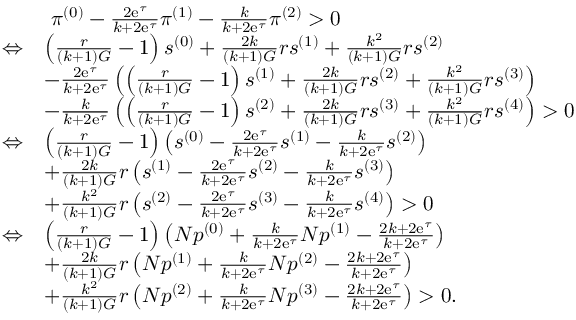
\begin{array} { r l } & { ~ \pi ^ { ( 0 ) } - \frac { 2 \mathrm { e } ^ { \tau } } { k + 2 \mathrm { e } ^ { \tau } } \pi ^ { ( 1 ) } - \frac { k } { k + 2 \mathrm { e } ^ { \tau } } \pi ^ { ( 2 ) } > 0 } \\ { \Leftrightarrow } & { \left( \frac { r } { ( k + 1 ) G } - 1 \right) s ^ { ( 0 ) } + \frac { 2 k } { ( k + 1 ) G } r s ^ { ( 1 ) } + \frac { k ^ { 2 } } { ( k + 1 ) G } r s ^ { ( 2 ) } } \\ & { - \frac { 2 \mathrm { e } ^ { \tau } } { k + 2 \mathrm { e } ^ { \tau } } \left( \left( \frac { r } { ( k + 1 ) G } - 1 \right) s ^ { ( 1 ) } + \frac { 2 k } { ( k + 1 ) G } r s ^ { ( 2 ) } + \frac { k ^ { 2 } } { ( k + 1 ) G } r s ^ { ( 3 ) } \right) } \\ & { - \frac { k } { k + 2 \mathrm { e } ^ { \tau } } \left( \left( \frac { r } { ( k + 1 ) G } - 1 \right) s ^ { ( 2 ) } + \frac { 2 k } { ( k + 1 ) G } r s ^ { ( 3 ) } + \frac { k ^ { 2 } } { ( k + 1 ) G } r s ^ { ( 4 ) } \right) > 0 } \\ { \Leftrightarrow } & { \left( \frac { r } { ( k + 1 ) G } - 1 \right) \left( s ^ { ( 0 ) } - \frac { 2 \mathrm { e } ^ { \tau } } { k + 2 \mathrm { e } ^ { \tau } } s ^ { ( 1 ) } - \frac { k } { k + 2 \mathrm { e } ^ { \tau } } s ^ { ( 2 ) } \right) } \\ & { + \frac { 2 k } { ( k + 1 ) G } r \left( s ^ { ( 1 ) } - \frac { 2 \mathrm { e } ^ { \tau } } { k + 2 \mathrm { e } ^ { \tau } } s ^ { ( 2 ) } - \frac { k } { k + 2 \mathrm { e } ^ { \tau } } s ^ { ( 3 ) } \right) } \\ & { + \frac { k ^ { 2 } } { ( k + 1 ) G } r \left( s ^ { ( 2 ) } - \frac { 2 \mathrm { e } ^ { \tau } } { k + 2 \mathrm { e } ^ { \tau } } s ^ { ( 3 ) } - \frac { k } { k + 2 \mathrm { e } ^ { \tau } } s ^ { ( 4 ) } \right) > 0 } \\ { \Leftrightarrow } & { \left( \frac { r } { ( k + 1 ) G } - 1 \right) \left( N p ^ { ( 0 ) } + \frac { k } { k + 2 \mathrm { e } ^ { \tau } } N p ^ { ( 1 ) } - \frac { 2 k + 2 \mathrm { e } ^ { \tau } } { k + 2 \mathrm { e } ^ { \tau } } \right) } \\ & { + \frac { 2 k } { ( k + 1 ) G } r \left( N p ^ { ( 1 ) } + \frac { k } { k + 2 \mathrm { e } ^ { \tau } } N p ^ { ( 2 ) } - \frac { 2 k + 2 \mathrm { e } ^ { \tau } } { k + 2 \mathrm { e } ^ { \tau } } \right) } \\ & { + \frac { k ^ { 2 } } { ( k + 1 ) G } r \left( N p ^ { ( 2 ) } + \frac { k } { k + 2 \mathrm { e } ^ { \tau } } N p ^ { ( 3 ) } - \frac { 2 k + 2 \mathrm { e } ^ { \tau } } { k + 2 \mathrm { e } ^ { \tau } } \right) > 0 . } \end{array}